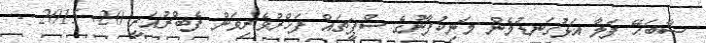
ސާބަހޭ ފަލާ އަޅުގަނޑުމެން މަނިކުފާނުގެ ސްޕީޗައް ފަޚްރުވެރިވަން ފެބްރުއަރީ 20